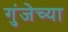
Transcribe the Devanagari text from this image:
गुंजेच्या